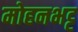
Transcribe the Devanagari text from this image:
मोहनभट्ट